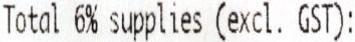
TOTAL 6% SUPPLIES (EXCL. GST):